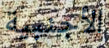
الأجنبية